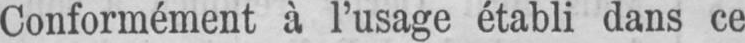
Conformément à l’usage établi dans ce